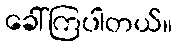
ခေါ်ကြပါတယ်။